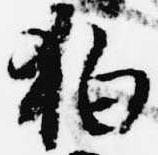
狛